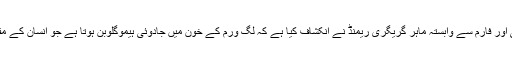
فرانس میں برٹنی ساحل پر موجود ایکوا اسٹریم نامی ایک کمپنی اور فارم سے وابستہ ماہر گریگری ریمنڈ نے انکشاف کیا ہے کہ لُگ ورم کے خون میں جادوئی ہیموگلوبن ہوتا ہے جو انسان کے مقابلے میں 40 گنا زائد آکسیجن جسم کے خلیات تک پہنچاتا ہے۔